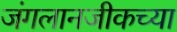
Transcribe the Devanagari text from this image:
जंगलानजीकच्या